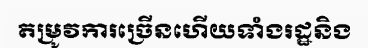
តម្រូវការច្រើនហើយទាំងរដ្ឋនិង